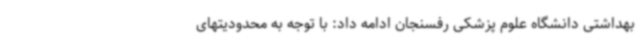
بهداشتی دانشگاه علوم پزشکی رفسنجان ادامه داد: با توجه به محدودیتهای